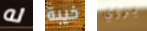
له خيبة يروي